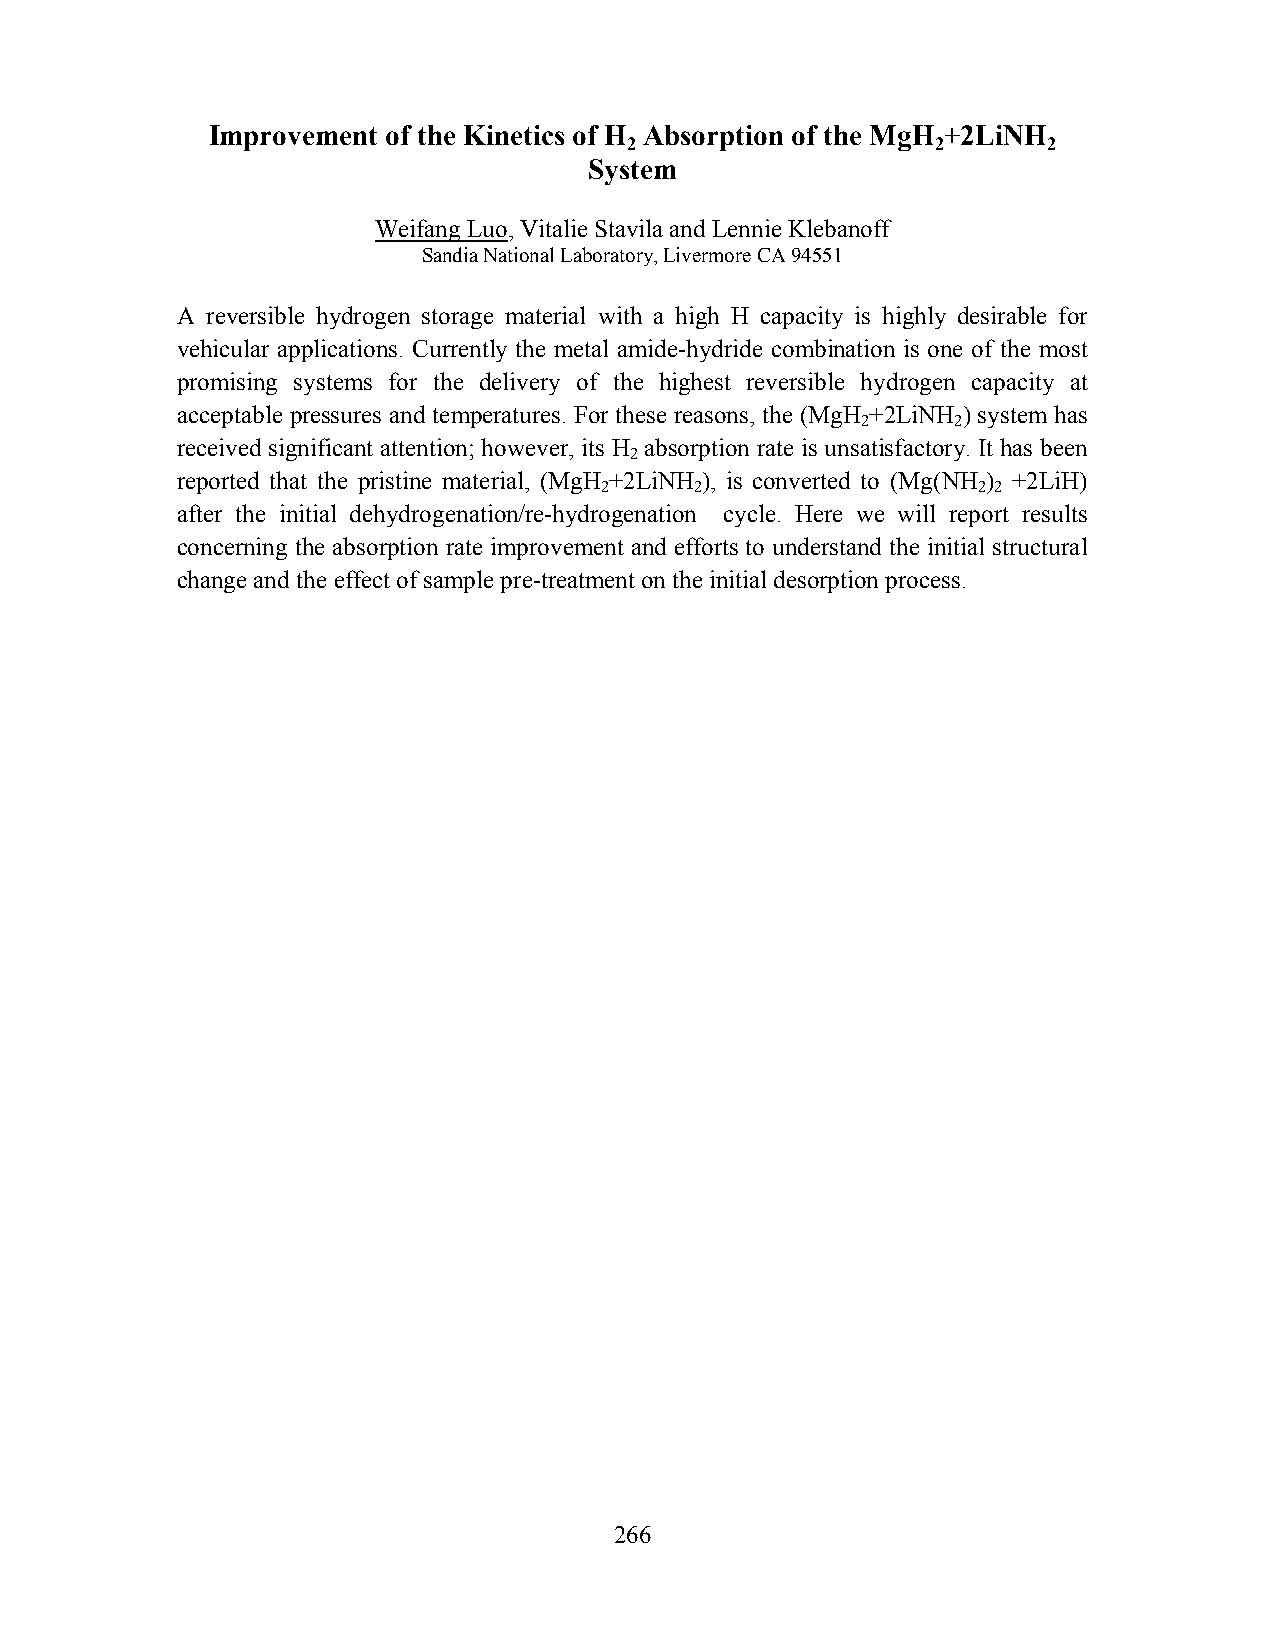
Improvement of the Kinetics of H Absorption of the MgH +2LiNH
 2                   2      2
 System
 Weifang Luo, Vitalie Stavila and Lennie Klebanoff
 Sandia National Laboratory, Livermore CA 94551
 A reversible hydrogen storage material with a high H capacity is highly desirable for
 vehicular applications. Currently the metal amide-hydride combination is one of the most
 promising systems for the delivery of the highest reversible hydrogen capacity at
 acceptable pressures and temperatures. For these reasons, the (MgH +2LiNH ) system has
 2     2
 received significant attention; however, its H absorption rate is unsatisfactory. It has been
 2
 reported that the pristine material, (MgH +2LiNH ), is converted to (Mg(NH ) +2LiH)
 2     2                  2 2
 after the initial dehydrogenation/re-hydrogenation cycle. Here we will report results
 concerning the absorption rate improvement and efforts to understand the initial structural
 change and the effect of sample pre-treatment on the initial desorption process.
 266